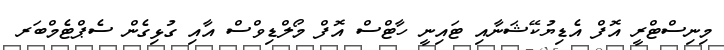
މިނިސްޓްރީ އޮފް އެޑިޔުކޭޝަނާއި ޓައިނީ ހާޓްސް އޮފް މޯލްޑިވްސް އާއި ގުޅިގެން ސެޕްޓެމްބަރ